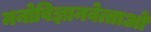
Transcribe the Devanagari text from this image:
मनोविज्ञानवेत्ताओं